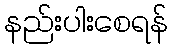
နည်းပါးစေရန်